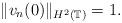
LaTeX: \begin{align*} \|v_n(0)\|_{H^2(\mathbb{T})}=1.\end{align*}